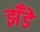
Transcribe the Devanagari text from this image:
झँडे